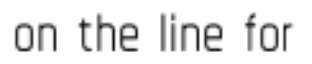
on the line for